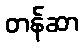
တန်ဆာ